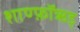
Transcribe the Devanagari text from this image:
शाण्फ़ॉऋड्